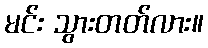
မင်း သွားတတ်လား။